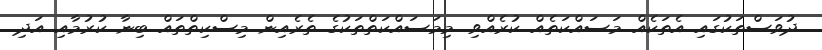
ދުވަސްތަކުގައި އެތަކެއް މަސައްކަތެއް ކުރެއްވި. މިމަސައްކަތްތަކުގެ ތެރެއިން މިސްކިތްތައް ބިނާ ކުރުމާއި އަދި